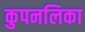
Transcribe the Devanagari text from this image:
कुपनलिका